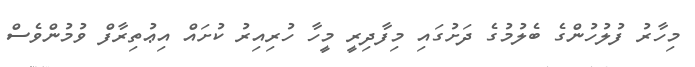
މިހާރު ފުލުހުންގެ ބެލުމުގެ ދަށުގައި މިފާދިރީ މީހާ ހުރިއިރު ކުށައް އިޢުތިރާފް ވުމުންވެސް